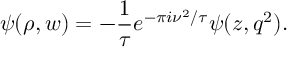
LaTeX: \psi ( \rho , w ) = - { \frac { 1 } { \tau } } e ^ { - \pi i \nu ^ { 2 } / \tau } \psi ( z , q ^ { 2 } ) .